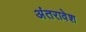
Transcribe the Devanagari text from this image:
अंतरावेश